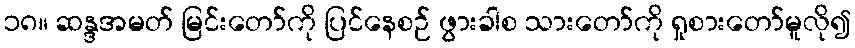
၁၈။ ဆန္ဒအမတ် မြင်းတော်ကို ပြင်နေစဉ် ဖွားခါစ သားတော်ကို ရှုစားတော်မူလို၍